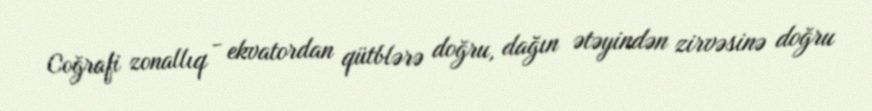
Coğrafi zonallıq - ekvatordan qütblərə doğru, dağın ətəyindən zirvəsinə doğru